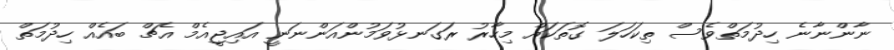
ނާންނާނެ ހިދުމަތްވެސް ތިކަހަލަ ގޮތަކައް މިހާރު ރަގަނޅުވަމުންއަންނަނީ އައިޖީއެމް އެޗް ބައެއް ހިދުމަތް